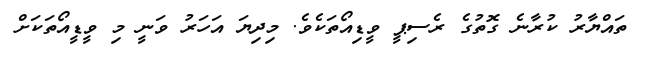
ތައްޔާރު ކުރާނެ ގޮތުގެ ރެސިޕީ ވީޑިއޯތަކެވެ. މިދިޔަ އަހަރު ވަނީ މި ވީޑީއޯތަކަށް